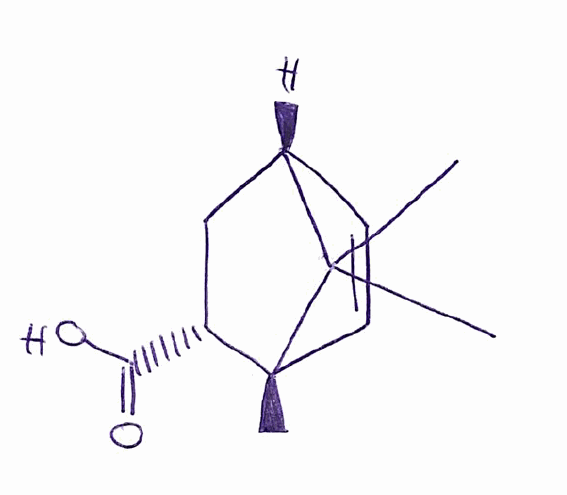
Simplified molecular-input line-entry system (SMILES) notation of the given molecule:
C[C@]12C=C[C@H](C1(C)C)C[C@H]2C(=O)O